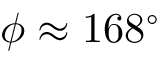
\phi \approx 1 6 8 ^ { \circ }